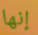
إنها